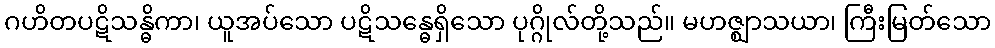
ဂဟိတပဋိသန္ဓိကာ၊ ယူအပ်သော ပဋိသန္ဓေရှိသော ပုဂ္ဂိုလ်တို့သည်။ မဟဇ္ဈာသယာ၊ ကြီးမြတ်သော